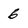
Character: 6